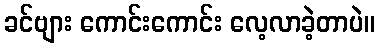
ခင်ဗျား ကောင်းကောင်း လေ့လာခဲ့တာပဲ။